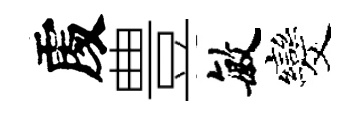
𠁅豊敏发